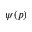
\psi ( p )